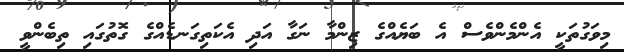
މިވަގުތަކީ އެންމެންވެސް އެ ބަޔެއްގެ ޒިންމާ ނަގާ އަދި އެކަތިގަނޑެއްގެ ގޮތުގައި ތިބެންވީ